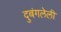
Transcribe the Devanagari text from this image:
दुबंगलेली